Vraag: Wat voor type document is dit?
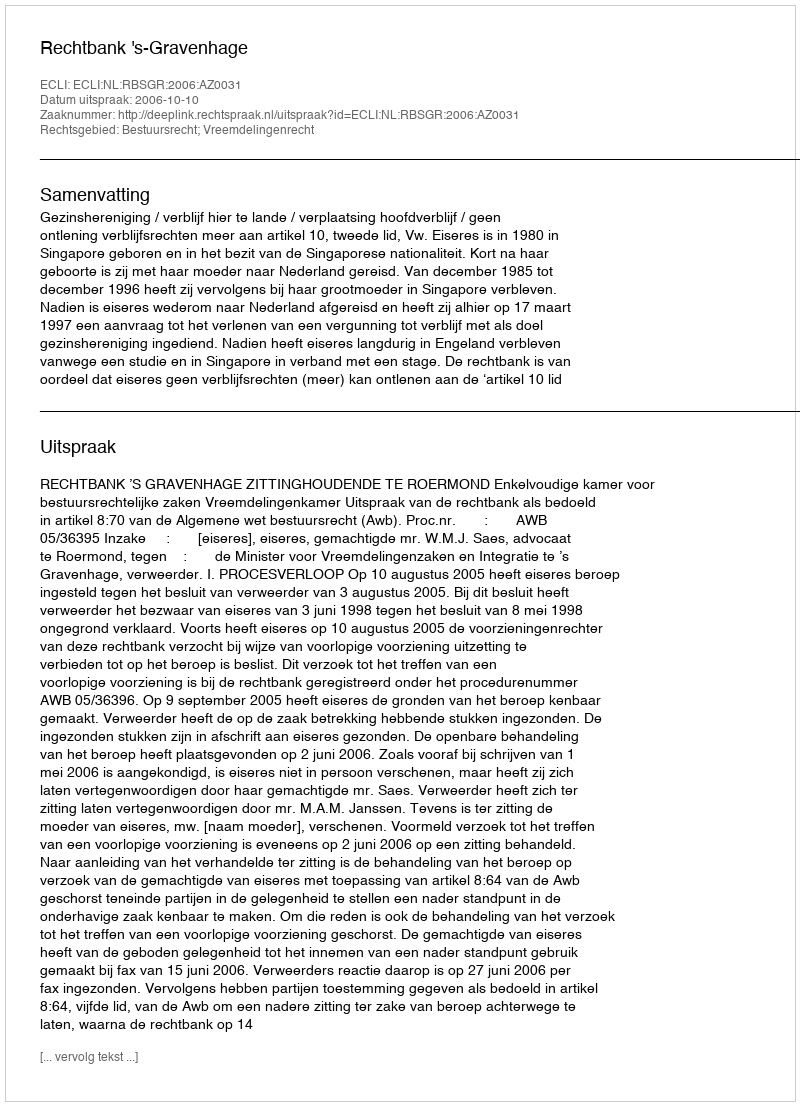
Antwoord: Uitspraak